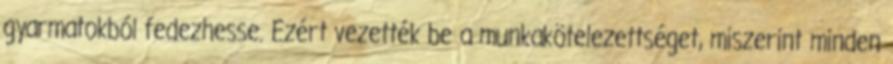
gyarmatokból fedezhesse. Ezért vezették be a munkakötelezettséget, miszerint minden